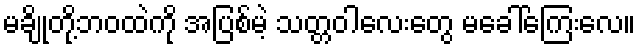
မချိုတို့ဘဝထဲကို အပြစ်မဲ့ သတ္တဝါလေးတွေ မခေါ်ကြေးလေ။